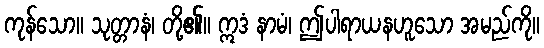
ကုန်သော။ သုတ္တာနံ၊ တို့၏။ ဣဒံ နာမံ၊ ဤပါရာယနဟူသော အမည်ကို။